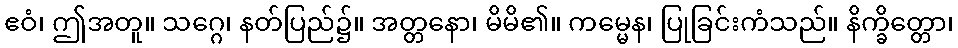
ဧဝံ၊ ဤအတူ။ သဂ္ဂေ၊ နတ်ပြည်၌။ အတ္တနော၊ မိမိ၏။ ကမ္မေန၊ ပြုခြင်းကံသည်။ နိက္ခိတ္တော၊